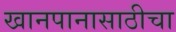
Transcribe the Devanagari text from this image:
खानपानासाठीचा